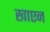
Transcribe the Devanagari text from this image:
खाएन